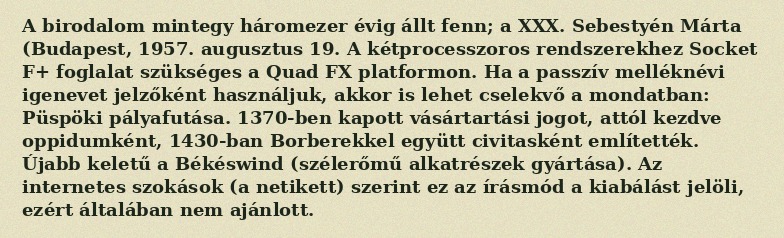
A birodalom mintegy háromezer évig állt fenn; a XXX. Sebestyén Márta (Budapest, 1957. augusztus 19. A kétprocesszoros rendszerekhez Socket F+ foglalat szükséges a Quad FX platformon. Ha a passzív melléknévi igenevet jelzőként használjuk, akkor is lehet cselekvő a mondatban: Püspöki pályafutása. 1370-ben kapott vásártartási jogot, attól kezdve oppidumként, 1430-ban Borberekkel együtt civitasként említették. Újabb keletű a Békéswind (szélerőmű alkatrészek gyártása). Az internetes szokások (a netikett) szerint ez az írásmód a kiabálást jelöli, ezért általában nem ajánlott.